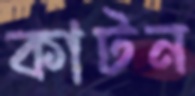
কাটন